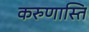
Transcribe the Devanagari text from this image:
करुणास्ति